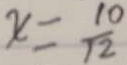
x = \frac { 1 0 } { 1 2 }